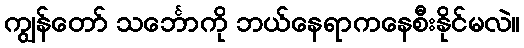
ကျွန်တော် သင်္ဘောကို ဘယ်နေရာကနေစီးနိုင်မလဲ။